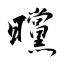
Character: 曭